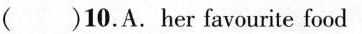
( )10.A.her favourite food